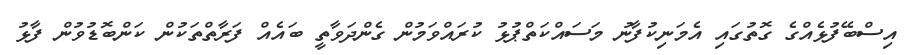
އިސްބޭފުޅެއްގެ ގޮތުގައި އެމަނިކުފާނު މަސައްކަތްޕުޅު ކުރައްވަމުން ގެންދަވާތީ ބައެއް ފަރާތްތަކުން ކަންބޮޑުވުން ފާާޅު